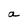
Character: a